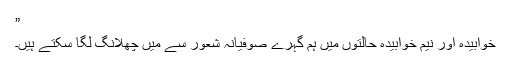
”
خوابیدہ اور نیم خوابیدہ حالتوں میں ہم گہرے صوفیانہ شعور سے میں چھلانگ لگا سکتے ہیں۔